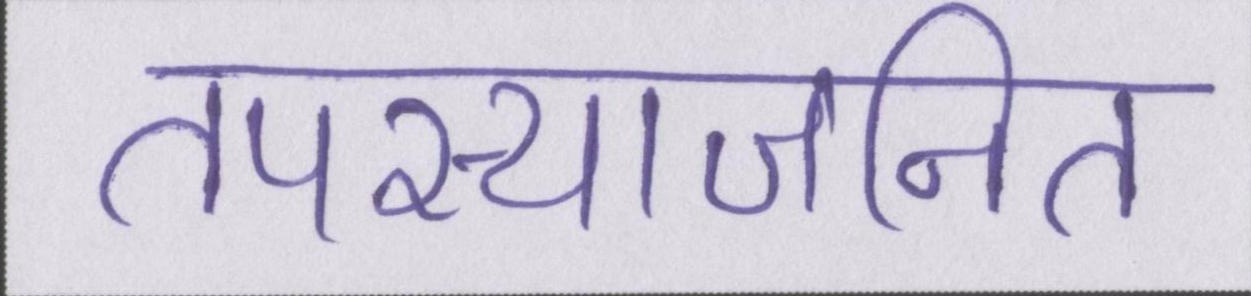
तपस्याजनित